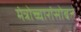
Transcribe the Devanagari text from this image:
मंत्रोच्चारांसोबत